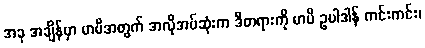
အခု အချိန်မှာ မာမီအတွက် အလိုအပ်ဆုံးက ဒီတရားကို မာမီ ဥပါဒါန် ကင်းကင်း၊